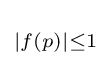
\scriptstyle |f(p)|\leq 1